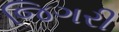
જિગરી